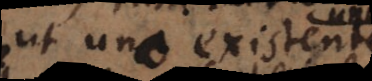
ut uno existente